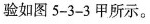
验如图5-3-3甲所示。